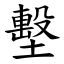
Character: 墼